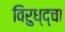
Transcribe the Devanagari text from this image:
विरुध्द्चा